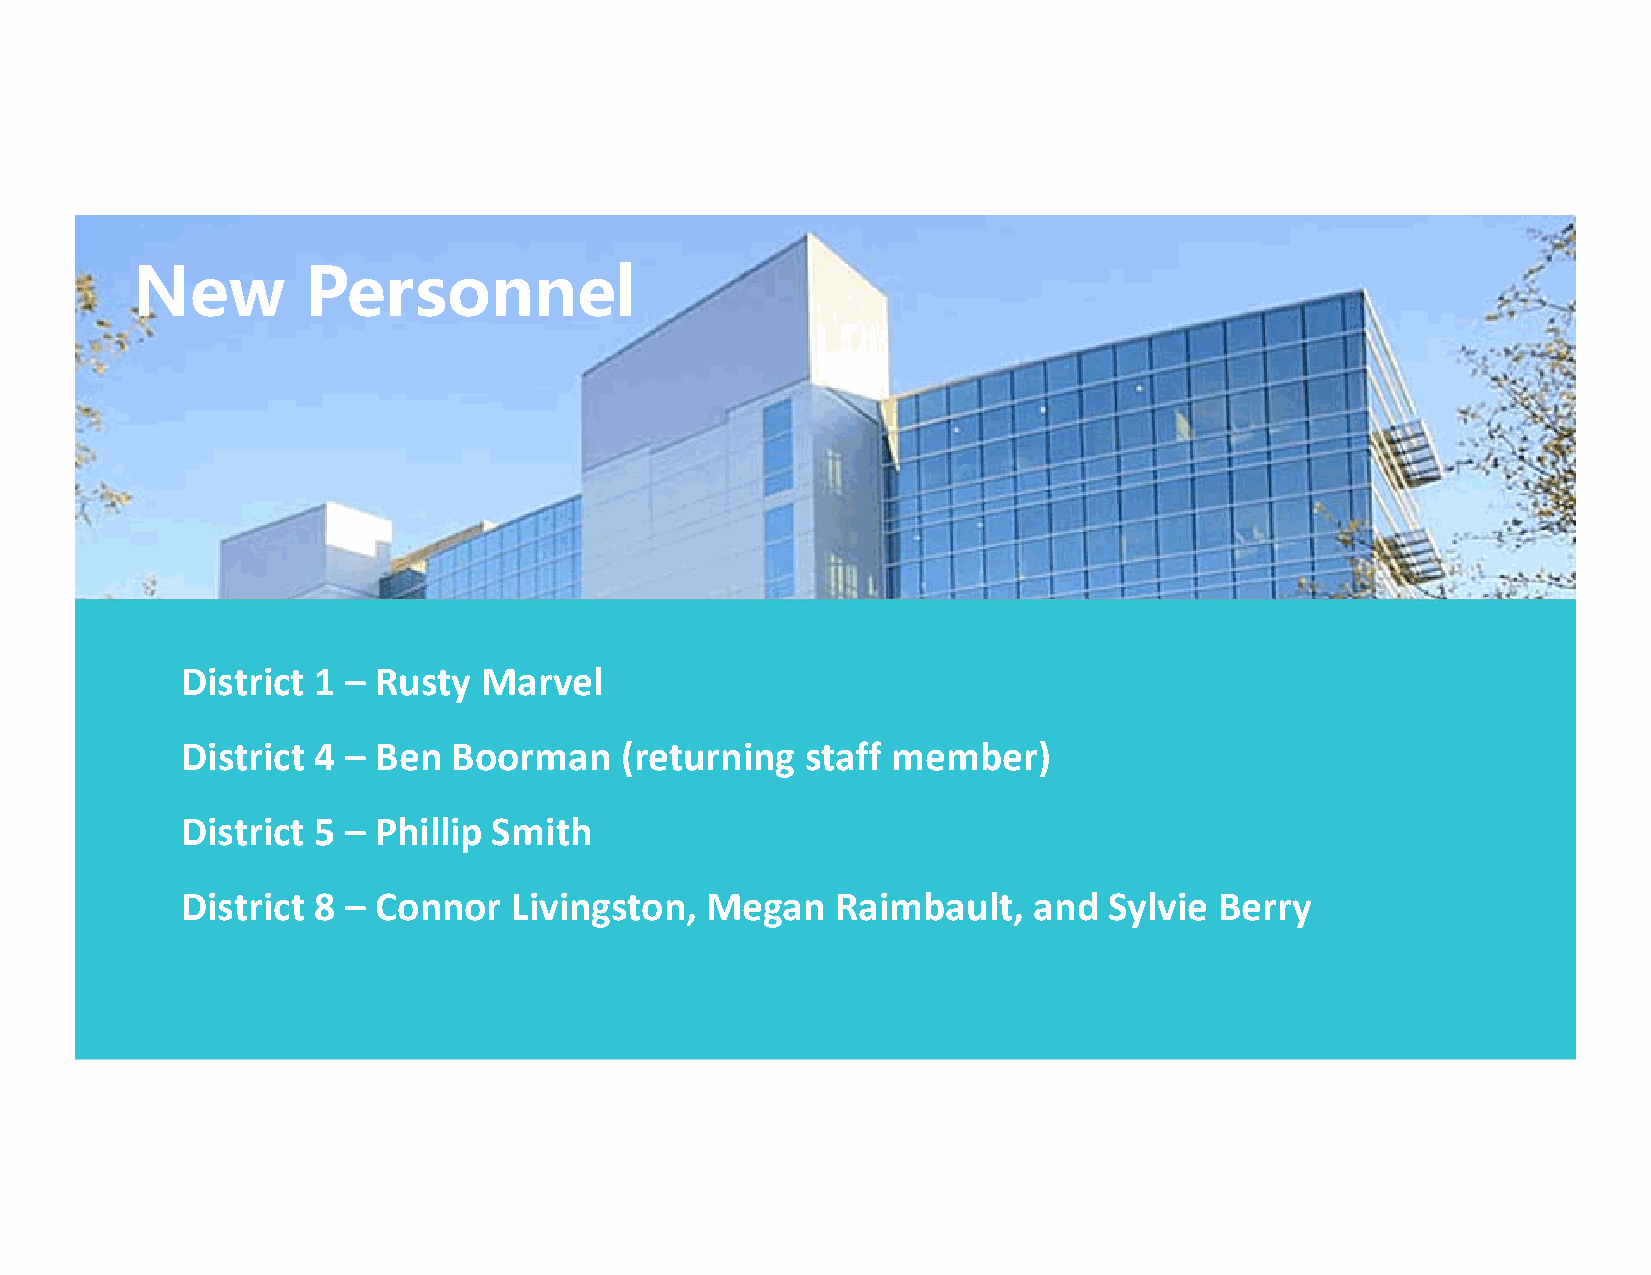
New        Personnel
 District 1 – Rusty  Marvel
 District 4 – Ben  Boorman    (returning  staff member)
 District 5 – Phillip Smith
 District 8 – Connor   Livingston,  Megan   Raimbault,   and  Sylvie  Berry